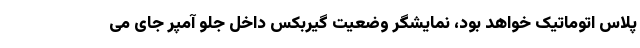
پلاس اتوماتیک خواهد بود، نمایشگر وضعیت گیربکس داخل جلو آمپر جای می